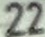
22